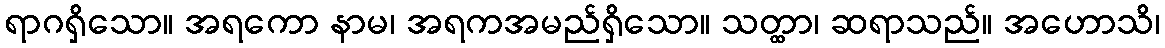
ရာဂရှိသော။ အရကော နာမ၊ အရကအမည်ရှိသော။ သတ္ထာ၊ ဆရာသည်။ အဟောသိ၊